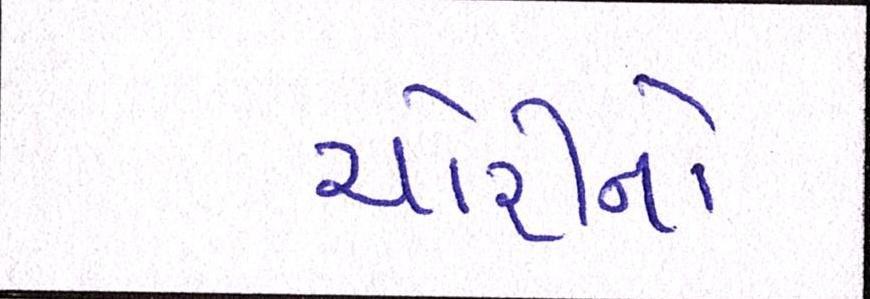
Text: ચોરીનો